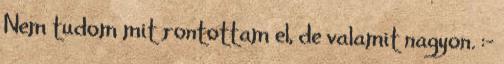
Nem tudom mit rontottam el, de valamit nagyon. :-